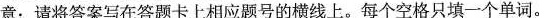
意:请将答案写在答题卡上相应题号的横线上.每个空格只填一一个单词.